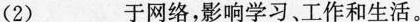
(2)___于网络，影响学习、工作和生活。